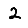
Digit: 2